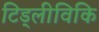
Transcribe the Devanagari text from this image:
टिड्लीविकि